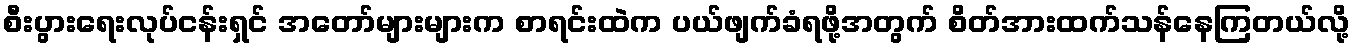
စီးပွားရေးလုပ်ငန်းရှင် အတော်များများက စာရင်းထဲက ပယ်ဖျက်ခံရဖို့အတွက် စိတ်အားထက်သန်နေကြတယ်လို့